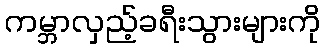
ကမ္ဘာလှည့်ခရီးသွားများကို